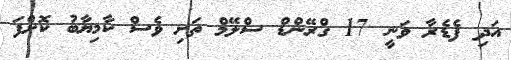
އަދި ފެޑެރާ ވަނީ 17 ގްރޭންޑް ސްލޭމް ތަށި ވެސް ކާމިޔާބު ކޮށްފަ